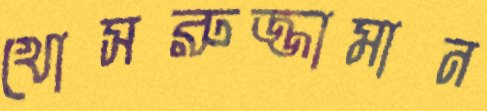
খোসরুজ্জামান